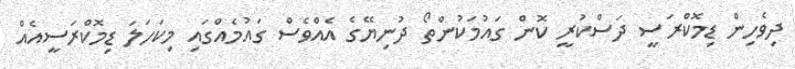
ދިވެހިން ޑިމޮކްރަސީ ދަސްކުރީ ކޮން ގައުމަކުންތޯ ދުނިޔޭގެ އެއްވެސް ގައުމެއްގައި މިކަހަލަ ޑިމޮކްރަސީއެއް